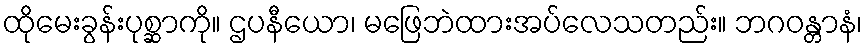
ထိုမေးခွန်းပုစ္ဆာကို။ ဌပနီယော၊ မဖြေဘဲထားအပ်လေသတည်း။ ဘဂဝန္တာနံ၊